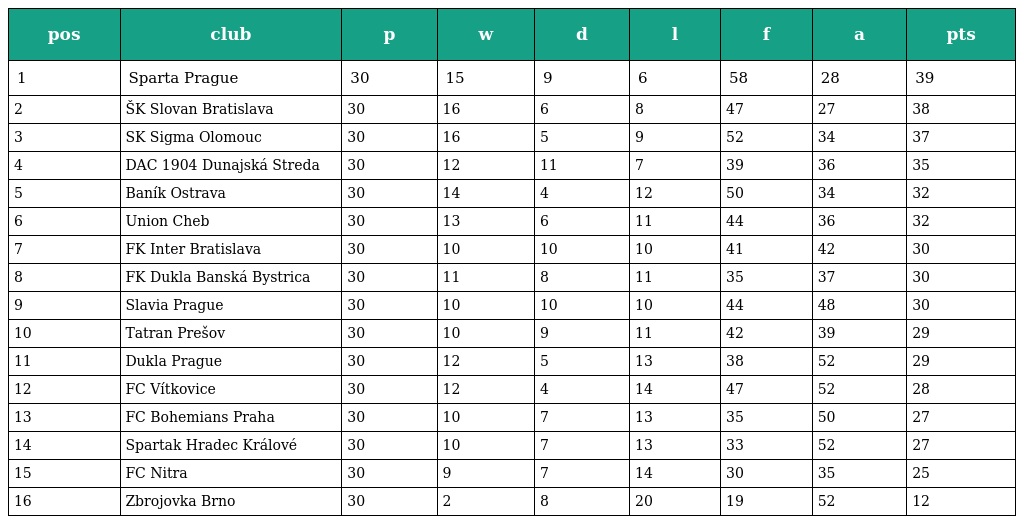
| pos | club | p | w | d | l | f | a | pts |
 | --- | --- | --- | --- | --- | --- | --- | --- | --- |
 | 1 | Sparta Prague | 30 | 15 | 9 | 6 | 58 | 28 | 39 |
 | 2 | ŠK Slovan Bratislava | 30 | 16 | 6 | 8 | 47 | 27 | 38 |
 | 3 | SK Sigma Olomouc | 30 | 16 | 5 | 9 | 52 | 34 | 37 |
 | 4 | DAC 1904 Dunajská Streda | 30 | 12 | 11 | 7 | 39 | 36 | 35 |
 | 5 | Baník Ostrava | 30 | 14 | 4 | 12 | 50 | 34 | 32 |
 | 6 | Union Cheb | 30 | 13 | 6 | 11 | 44 | 36 | 32 |
 | 7 | FK Inter Bratislava | 30 | 10 | 10 | 10 | 41 | 42 | 30 |
 | 8 | FK Dukla Banská Bystrica | 30 | 11 | 8 | 11 | 35 | 37 | 30 |
 | 9 | Slavia Prague | 30 | 10 | 10 | 10 | 44 | 48 | 30 |
 | 10 | Tatran Prešov | 30 | 10 | 9 | 11 | 42 | 39 | 29 |
 | 11 | Dukla Prague | 30 | 12 | 5 | 13 | 38 | 52 | 29 |
 | 12 | FC Vítkovice | 30 | 12 | 4 | 14 | 47 | 52 | 28 |
 | 13 | FC Bohemians Praha | 30 | 10 | 7 | 13 | 35 | 50 | 27 |
 | 14 | Spartak Hradec Králové | 30 | 10 | 7 | 13 | 33 | 52 | 27 |
 | 15 | FC Nitra | 30 | 9 | 7 | 14 | 30 | 35 | 25 |
 | 16 | Zbrojovka Brno | 30 | 2 | 8 | 20 | 19 | 52 | 12 |